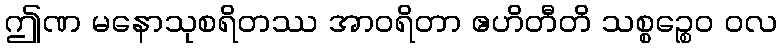
ဤဏ မနောသုစရိတဿ အာဝရိတာ ဧဟိတီတိ သစ္စဉ္စေဝ ဝလ